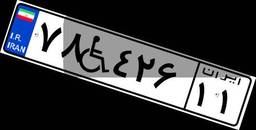
۴۹W۸۶۰۷۳